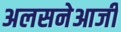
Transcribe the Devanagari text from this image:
अलसनेआजी